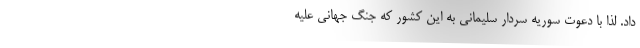
داد. لذا با دعوت سوریه سردار سلیمانی به این کشور که جنگ جهانی علیه